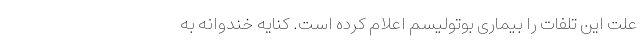
علت این تلفات را بیماری بوتولیسم اعلام کرده است. کنایه خندوانه به